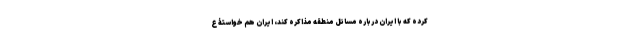
کرده که با ایران درباره مسائل منطقه مذاکره کند، ایران هم خواستۀ ع